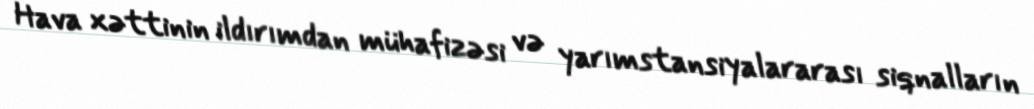
Hava xəttinin ildırımdan mühafizəsi və yarımstansiyalararası siqnalların